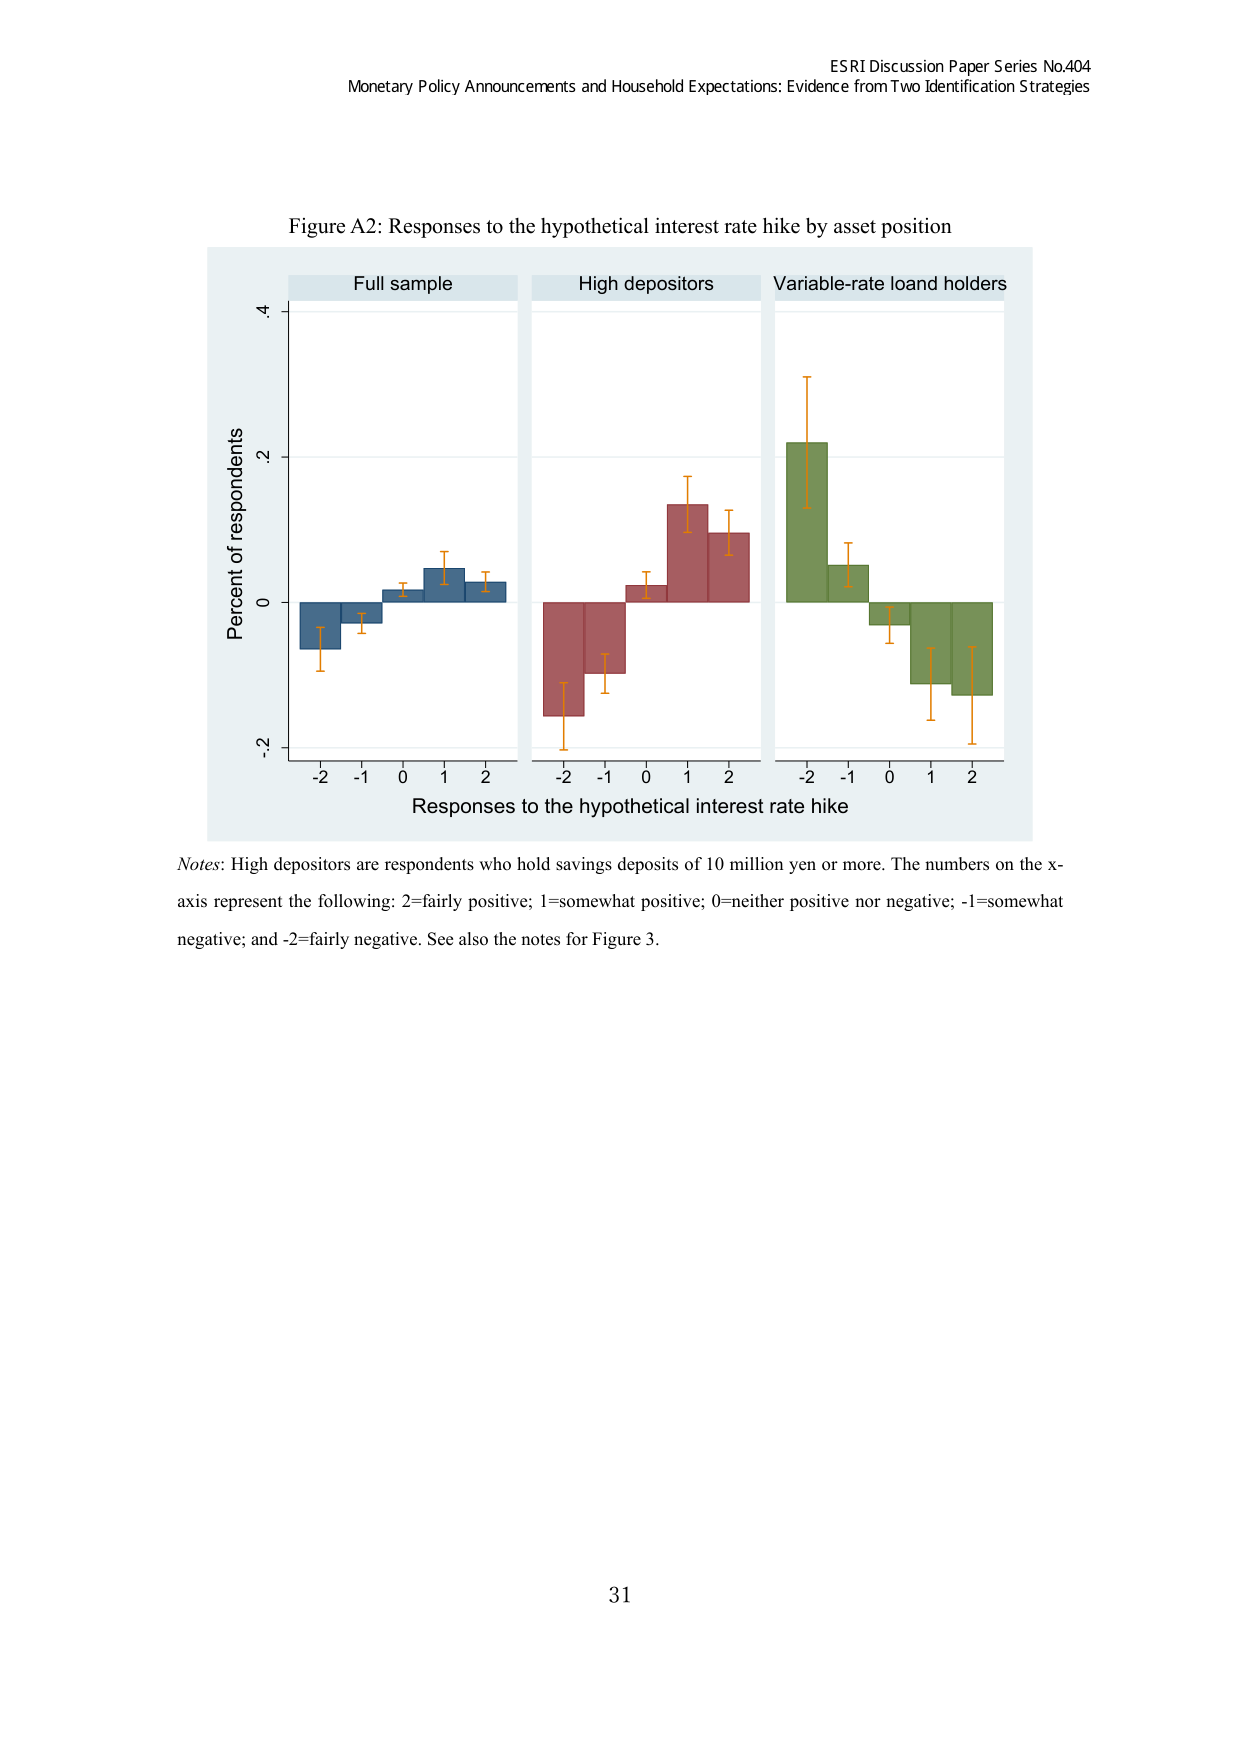
ESRI Discussion Paper Series No.404
Monetary Policy Announcements and Household Expectations: Evidence from Two Identification Strategies

Figure A2: Responses to the hypothetical interest rate hike by asset position

Full sample
High depositors
Variable-rate loan holders

Percent of respondents
Responses to the hypothetical interest rate hike

Notes: High depositors are respondents who hold savings deposits of 10 million yen or more. The numbers on the x-axis represent the following: 2=fairly positive; 1=somewhat positive; 0=neither positive nor negative; -1=somewhat negative; and -2=fairly negative. See also the notes for Figure 3.

31